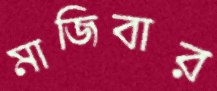
মাজিবার